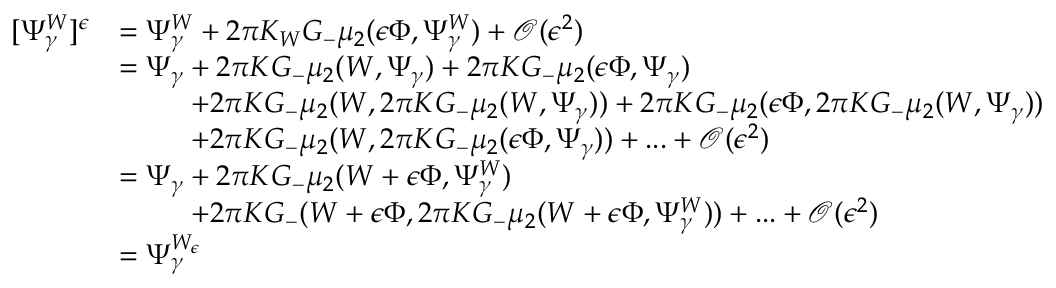
\begin{array} { r l } { [ \Psi _ { \gamma } ^ { W } ] ^ { \epsilon } } & { = \Psi _ { \gamma } ^ { W } + 2 \pi K _ { W } G _ { - } \mu _ { 2 } ( { \epsilon } \Phi , \Psi _ { \gamma } ^ { W } ) + \mathcal { O } ( { \epsilon } ^ { 2 } ) } \\ & { = \Psi _ { \gamma } + 2 \pi K G _ { - } \mu _ { 2 } ( W , \Psi _ { \gamma } ) + 2 \pi K G _ { - } \mu _ { 2 } ( { \epsilon } \Phi , \Psi _ { \gamma } ) } \\ & { \; \; \; \; \; \; \; \; \; + 2 \pi K G _ { - } \mu _ { 2 } ( W , 2 \pi K G _ { - } \mu _ { 2 } ( W , \Psi _ { \gamma } ) ) + 2 \pi K G _ { - } \mu _ { 2 } ( { \epsilon } \Phi , 2 \pi K G _ { - } \mu _ { 2 } ( W , \Psi _ { \gamma } ) ) } \\ & { \; \; \; \; \; \; \; \; \; + 2 \pi K G _ { - } \mu _ { 2 } ( W , 2 \pi K G _ { - } \mu _ { 2 } ( { \epsilon } \Phi , \Psi _ { \gamma } ) ) + . . . + \mathcal { O } ( { \epsilon } ^ { 2 } ) } \\ & { = \Psi _ { \gamma } + 2 \pi K G _ { - } \mu _ { 2 } ( W + { \epsilon } \Phi , \Psi _ { \gamma } ^ { W } ) } \\ & { \; \; \; \; \; \; \; \; \; + 2 \pi K G _ { - } ( W + { \epsilon } \Phi , 2 \pi K G _ { - } \mu _ { 2 } ( W + { \epsilon } \Phi , \Psi _ { \gamma } ^ { W } ) ) + . . . + \mathcal { O } ( { \epsilon } ^ { 2 } ) } \\ & { = \Psi _ { \gamma } ^ { W _ { \epsilon } } } \end{array}